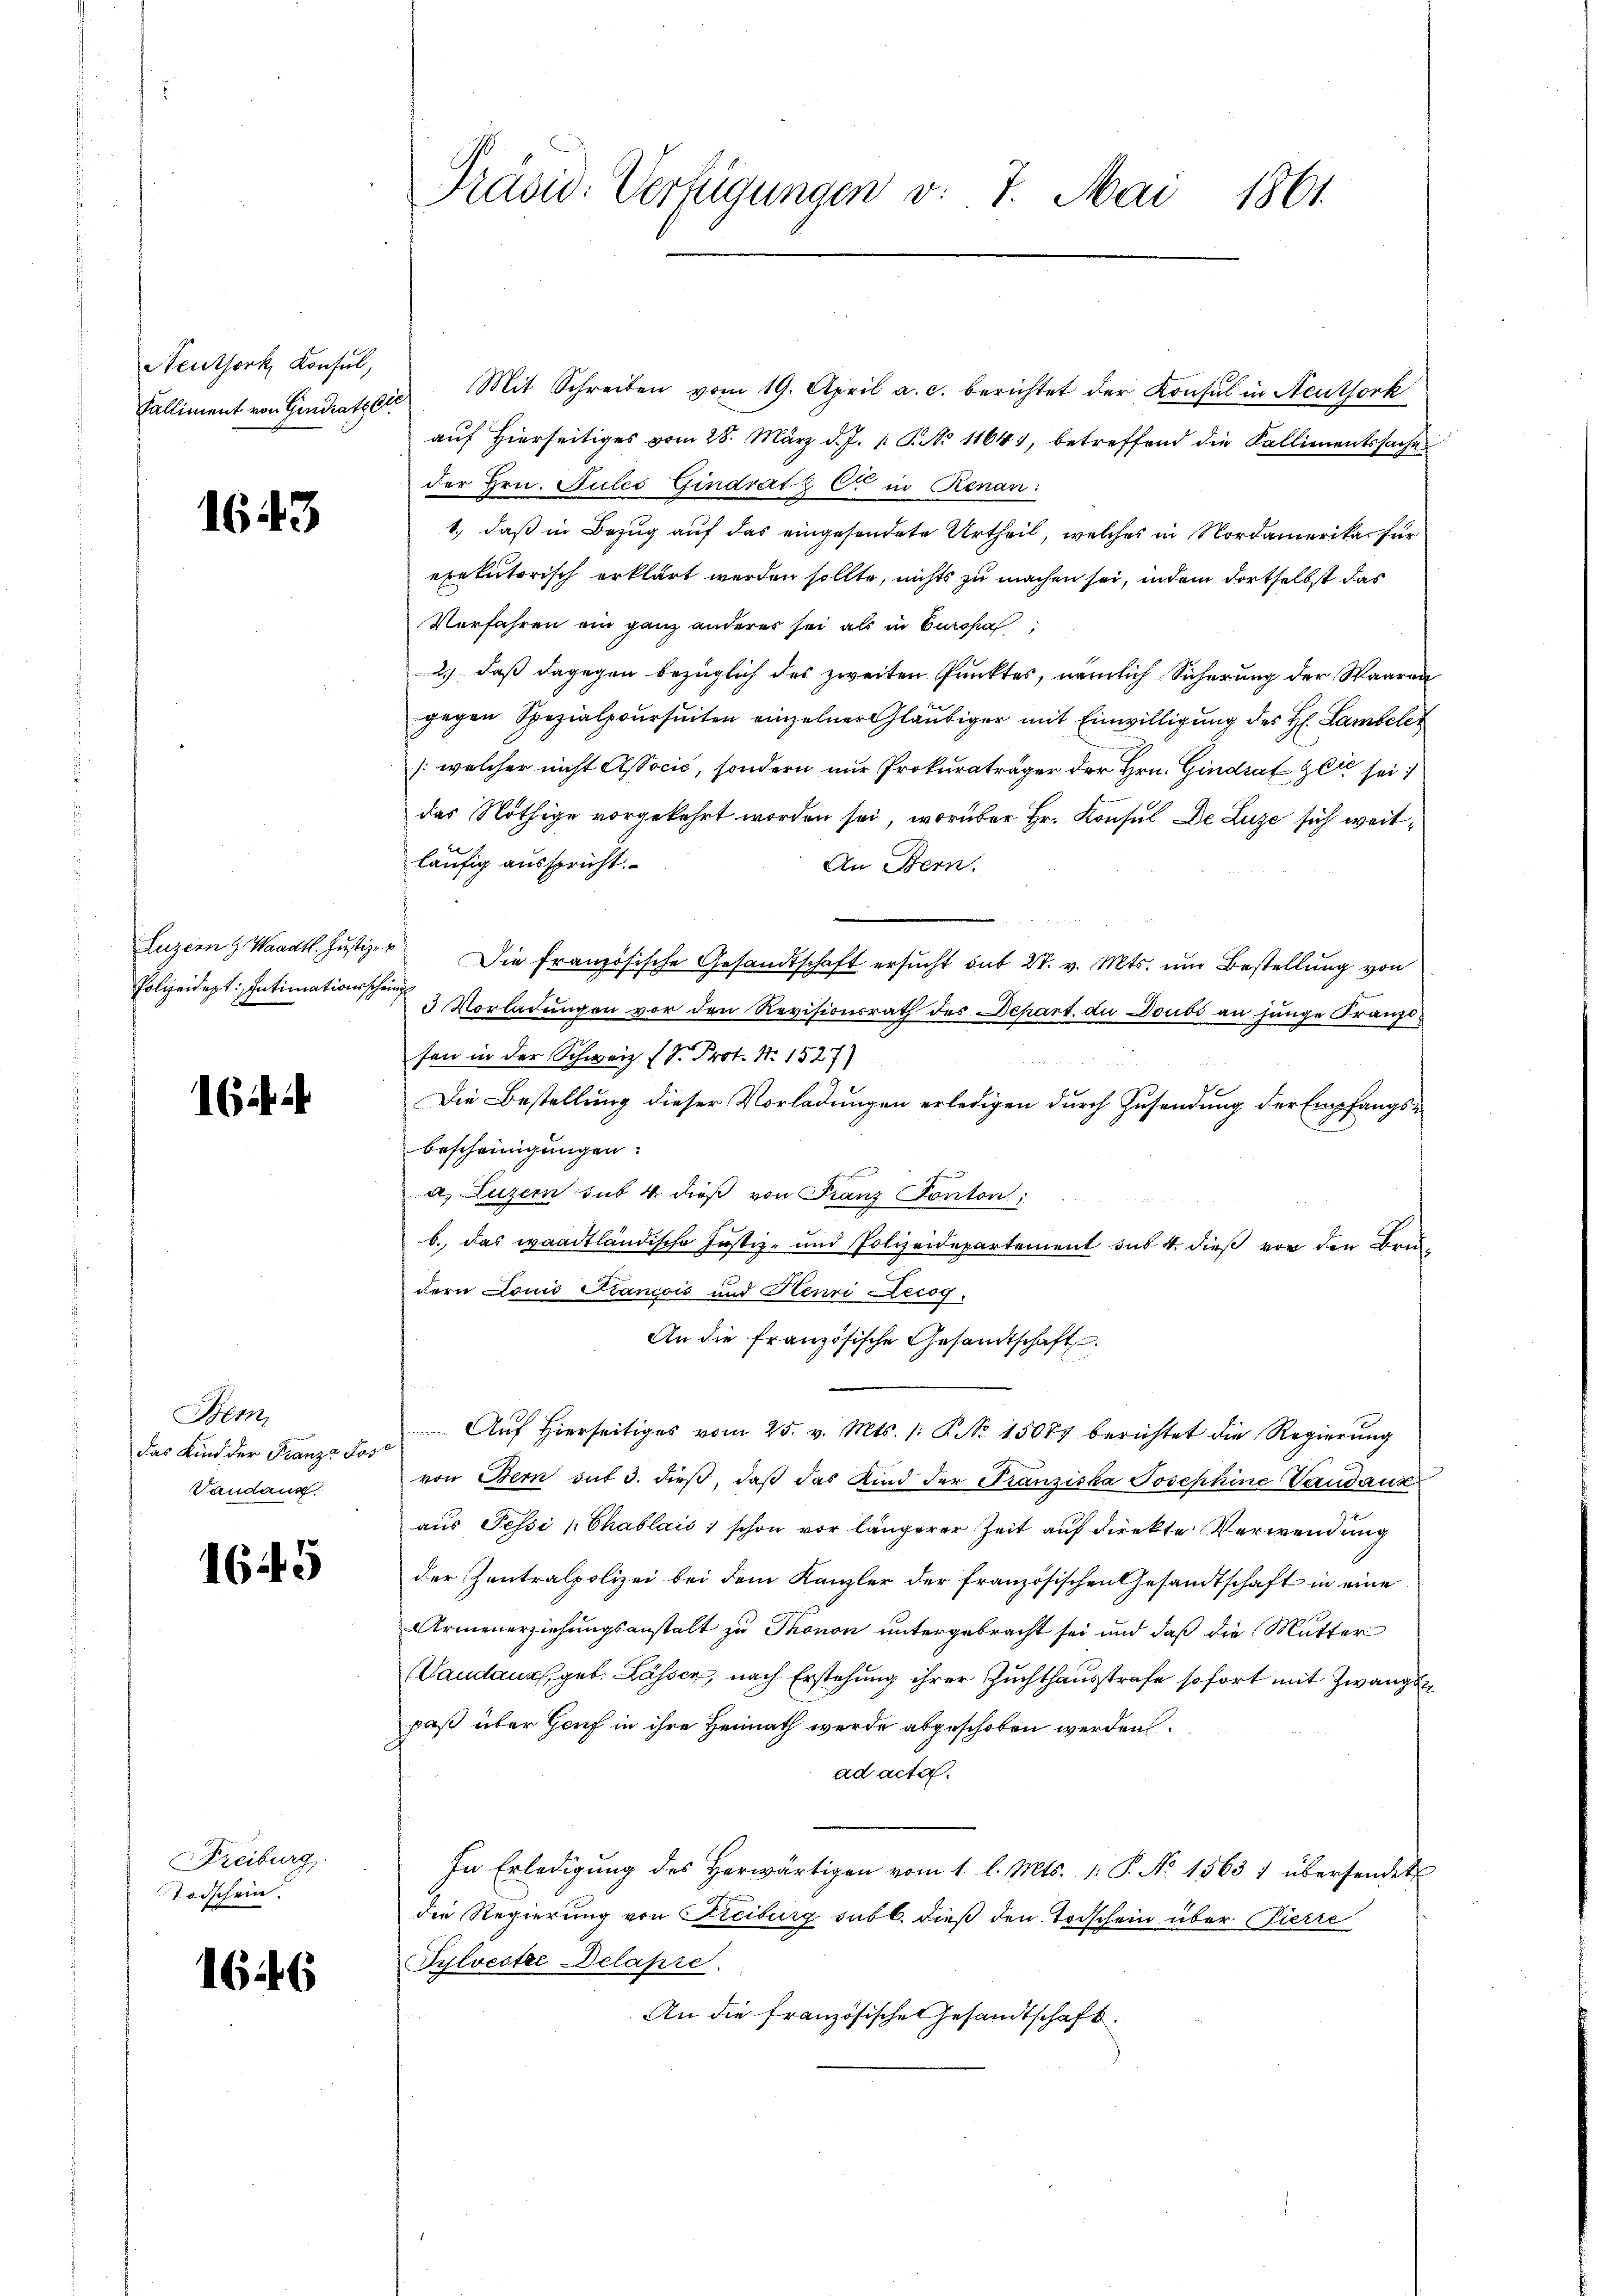
Neuthork, Konsul,
Kalliment von Gindratsr

1643

Luzern & Waadt. Justiz- u
Polizeidept: Intimationsschei

6

Bem
das Kind der Franz Jos
Vandaus.

1645

Freiburg
Todschein.

1646

Präsid. Verfügungen v. 7. Mai 1861.

Mit Schreiben vom 19. April a. c. berichtet der Konsul in Neuthork
auf hierseitiges vom 28. März d. J. 1. P. No 11641, betreffend die Kallimentssachen
der Hrn. Jules Gindrat z C in Renan
1., daß in Bezug auf das eingesendete Urtheil, welches in Nordamerika, für
exekutorisch erklärt werden sollte, nichts zu machen sei, indem dortselbst das
Verfahren ein ganz anderes sei als in Europa
2.) daß dagegen bezüglich des zweiten Punktes, nämlich Sicherung der Waaren
gegen Spezialpoursuiten einzelner Gläubiger mit Einwilligung des H. Lambele
/: welcher nicht Associć, sondern nur Prokuraträger der Hrn. Gindrat zu sei
das Nöthige vorgekehrt worden sei, worüber Hr. Konsul De Luze sich weitläufig ausspricht.
An Bern.
o
Die französische Gesandtschaft ersucht das 27. v. Mts. und Bestellung von
u
3 Vorladŭngen vor den Revisionsrath des Depart. die Doubs an junge Franzi
sen in der Schweiz (d. Prot. Nr. 1527)
¬
Die Bestellung dieser Vorladungen erledigen durch Zusendung der Empfangsbescheinigungen.
d. Luzern sub 4 dieß von Franz Ponton,
b. das waadtländische Justiz- und Polizeidepartement sur 4. dieß vor den Brudern Louis Francois und Henri Lecog
An die französische Gesandtschaft
Auf hierseitiges vom 25. v. Mts. 1: P. Nr. 15077 berichtet die Regierung
von Bern sut 3. dieß, daß das Kind der Franziska Josephine Vandaux
aus Tessi Chablais, schon vor längerer Zeit auf direkte Verwendung
der Zentralpolizei bei dem Kanzler der französischen Gesandtschaft in eine
Armenerziehungsanstalt zu Thonon untergebracht sei und daß die Mutter
Vandants, geb. Lassen, nach Erstehung ihrer Zuchthausstrafe sofort mit Zwangs
paß über Genf in ihre Heimath wurde abgeschoben werden.
ad acta.
In Erledigŭng des herwärtigen vom 1. l. Mts. 1. P. No 1563 1 übersendet
die Regierung von Streiburg sub b. dieß den Todschein über Pierre
Sylvester Delasse.
An die französischen Gesandtschaft